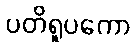
ပတိရူပကော